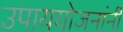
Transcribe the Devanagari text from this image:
उपाययोजनांनी